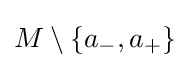
M\setminus \{a_{-},a_{+}\}